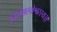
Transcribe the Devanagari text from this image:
निर्गुणस्येश्वरस्य।।